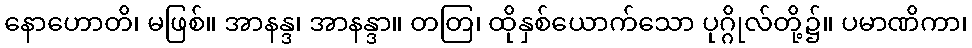
နောဟောတိ၊ မဖြစ်။ အာနန္ဒ၊ အာနန္ဒာ။ တတြ၊ ထိုနှစ်ယောက်သော ပုဂ္ဂိုလ်တို့၌။ ပမာဏိကာ၊